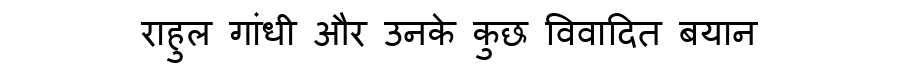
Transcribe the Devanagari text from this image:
राहुल गांधी और उनके कुछ विवादित बयान